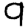
Digit: 9